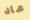
عاد